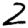
Digit: 2